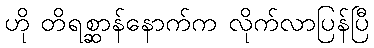
ဟို တိရစ္ဆာန်နောက်က လိုက်လာပြန်ပြီ